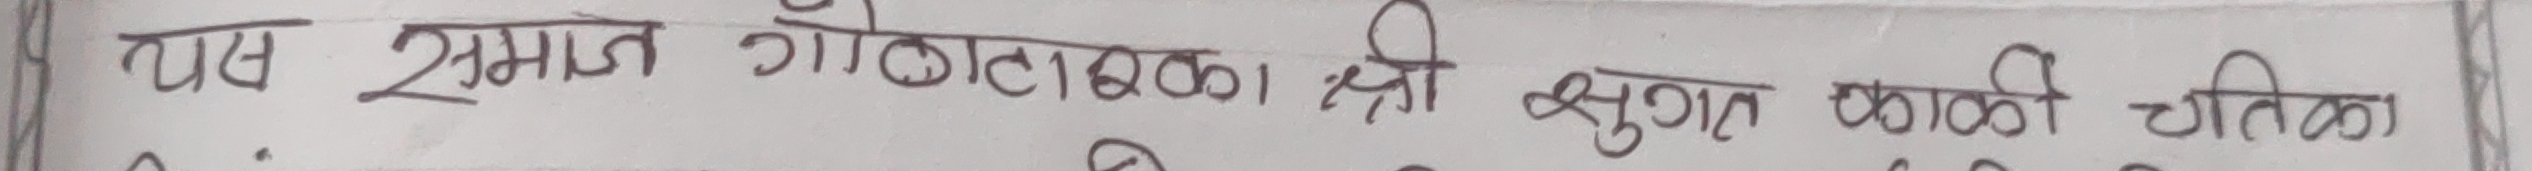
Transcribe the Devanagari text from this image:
पथ समाज गोठाटक्का श्री झुलत काळी चतिका